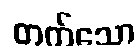
တက်သော